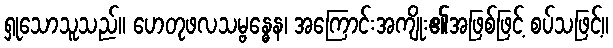
ရှုသောသူသည်။ ဟေတုဖလသမ္ဗန္ဓေန၊ အကြောင်းအကျိုး၏အဖြစ်ဖြင့် စပ်သဖြင့်။